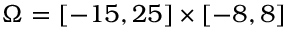
\Omega = [ - 1 5 , 2 5 ] \times [ - 8 , 8 ]